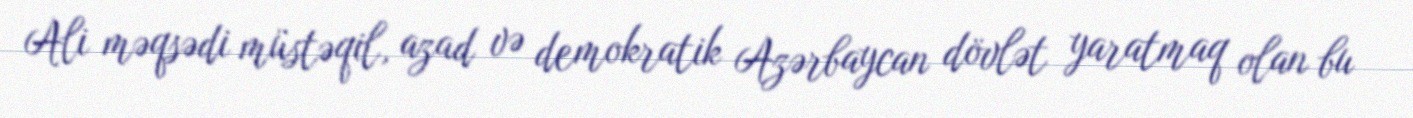
Ali məqsədi müstəqil, azad və demokratik Azərbaycan dövlət yaratmaq olan bu